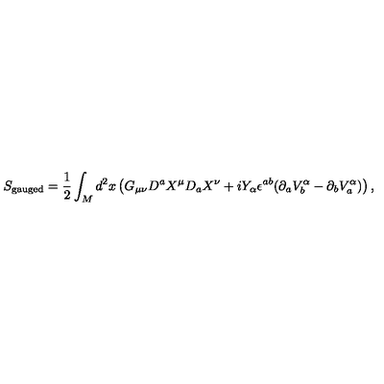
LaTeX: S _ { { \mathrm { \scriptsize { g a u g e d } } } } = \frac 1 2 \int _ { M } d ^ { 2 } x \left( G _ { \mu \nu } D ^ { a } X ^ { \mu } D _ { a } X ^ { \nu } + i Y _ { \alpha } \epsilon ^ { a b } ( \partial _ { a } V _ { b } ^ { \alpha } - \partial _ { b } V _ { a } ^ { \alpha } ) \right) ,